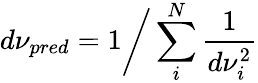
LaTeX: d\nu_{pred}=1\bigg/\sum_{i}^{N}{\frac{1}{d\nu_{i}^{2}}}